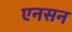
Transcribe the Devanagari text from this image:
एनसन